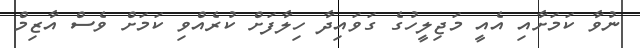
ނުވާ ކަމަށާއި އެއީ މަޖިލީހުގެ ގަވައިދާ ހިލާފަށް ކުރެއްވި ކަމަށް ވެސް އާޒިމް